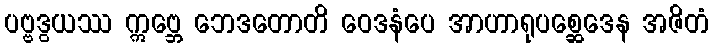
ပဗ္ဗဒွယဿ ဣဗ္ဘေ ဘေဒတောတိ ဝေဒနံပေ အာဟာရုပစ္ဆေဒေန အဇိတံ